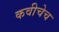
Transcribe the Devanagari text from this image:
कवीचेच